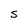
Character: S